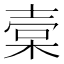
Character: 𣓷